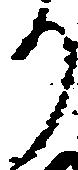
り